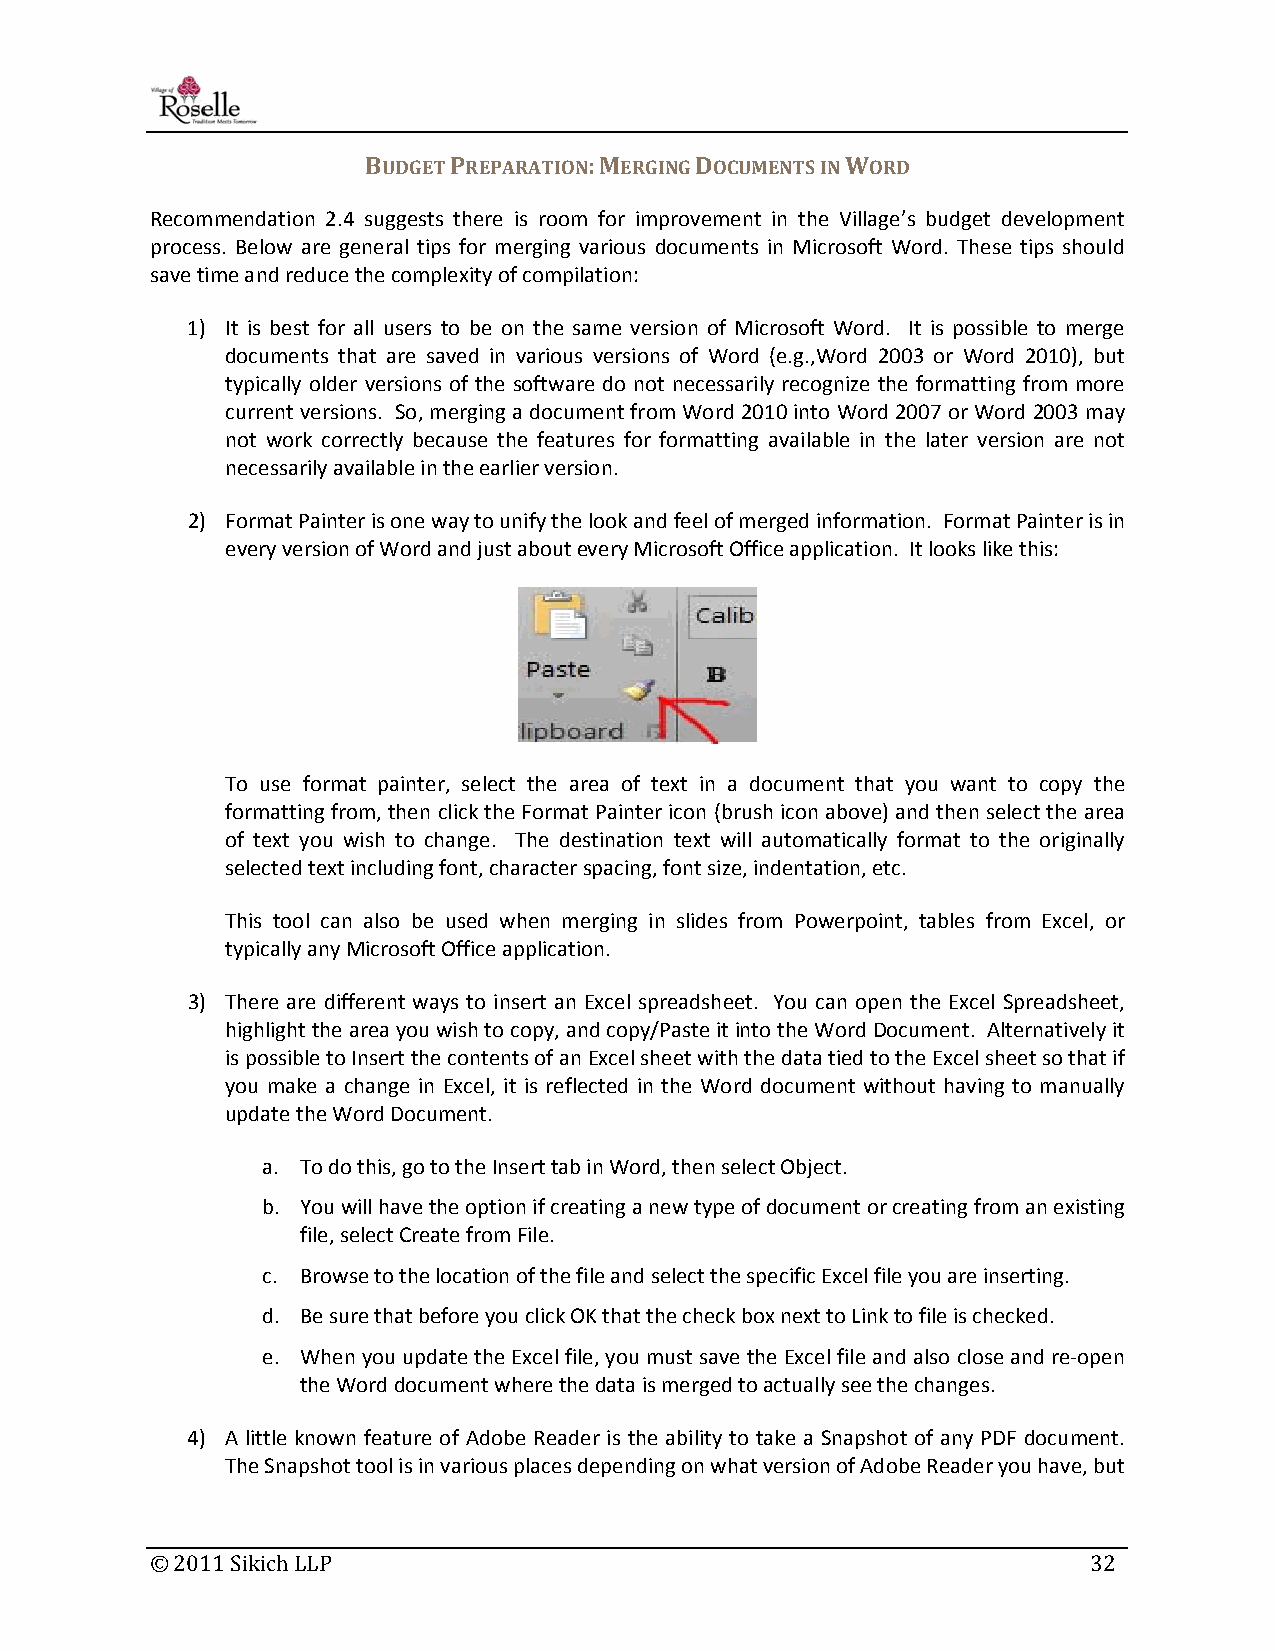
BUDGET PREPARATION: MERGING DOCUMENTS IN WORD
 Recommendation 2.4 suggests there is room for improvement in the Village’s budget development
 process. Below are general tips for merging various documents in Microsoft Word. These tips should
 save time and reduce the complexity of compilation:
 1) It is best for all users to be on the same version of Microsoft Word. It is possible to merge
 documents that are saved in various versions of Word (e.g.,Word 2003 or Word 2010), but
 typically older versions of the software do not necessarily recognize the formatting from more
 current versions. So, merging a document from Word 2010 into Word 2007 or Word 2003 may
 not work correctly because the features for formatting available in the later version are not
 necessarily available in the earlier version.
 2) Format Painter is one way to unify the look and feel of merged information. Format Painter is in
 every version of Word and just about every Microsoft Office application. It looks like this:
 To use format painter, select the area of text in a document that you want to copy the
 formatting from, then click the Format Painter icon (brush icon above) and then select the area
 of text you wish to change. The destination text will automatically format to the originally
 selected text including font, character spacing, font size, indentation, etc.
 This tool can also be used when merging in slides from Powerpoint, tables from Excel, or
 typically any Microsoft Office application.
 3) There are different ways to insert an Excel spreadsheet. You can open the Excel Spreadsheet,
 highlight the area you wish to copy, and copy/Paste it into the Word Document. Alternatively it
 is possible to Insert the contents of an Excel sheet with the data tied to the Excel sheet so that if
 you make a change in Excel, it is reflected in the Word document without having to manually
 update the Word Document.
 a. To do this, go to the Insert tab in Word, then select Object.
 b. You will have the option if creating a new type of document or creating from an existing
 file, select Create from File.
 c. Browse to the location of the file and select the specific Excel file you are inserting.
 d. Be sure that before you click OK that the check box next to Link to file is checked.
 e. When you update the Excel file, you must save the Excel file and also close and re‐open
 the Word document where the data is merged to actually see the changes.
 4) A little known feature of Adobe Reader is the ability to take a Snapshot of any PDF document.
 The Snapshot tool is in various places depending on what version of Adobe Reader you have, but
 © 2011 Sikich LLP                                             32